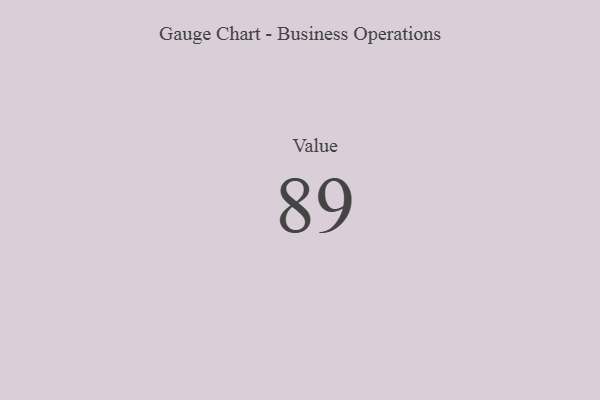
{"axis": {"x": "Metric", "y": "Value"}, "legend": [""], "data": [{"x": "Value", "y": 89, "type": ""}]}